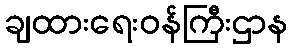
ချထားရေးဝန်ကြီးဌာန